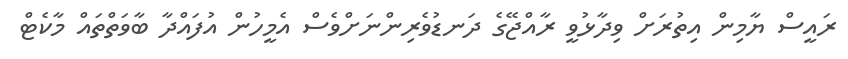
ރައީސް ޔާމިން އިތުރަށް ވިދާޅުވީ ރާއްޖޭގެ ދަނޑުވެރިންނަށްވެސް އެމީހުން އުފައްދާ ބާވަތްތައް މާކެޓް